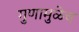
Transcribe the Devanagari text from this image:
गुणामुळेच